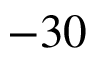
- 3 0